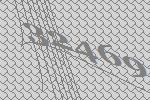
32469